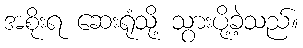
အစိုးရ ဆေးရုံသို့ သွားပို့ခဲ့သည်။